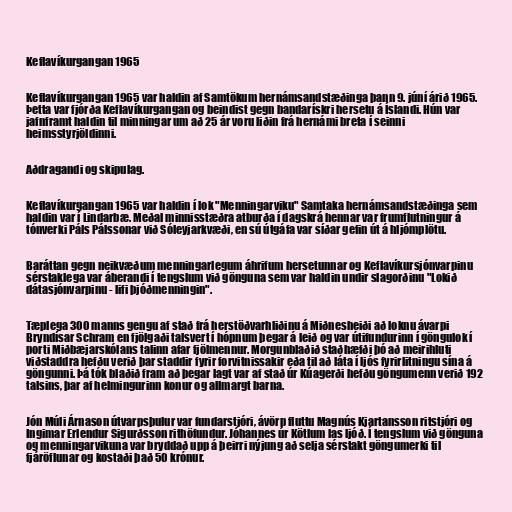
Keflavíkurgangan 1965

Keflavíkurgangan 1965 var haldin af Samtökum hernámsandstæðinga þann 9. júní árið 1965.
Þetta var fjórða Keflavíkurgangan og beindist gegn bandarískri hersetu á Íslandi. Hún var
jafnframt haldin til minningar um að 25 ár voru liðin frá hernámi breta í seinni
heimsstyrjöldinni.

Aðdragandi og skipulag.

Keflavíkurgangan 1965 var haldin í lok "Menningarviku" Samtaka hernámsandstæðinga sem
haldin var í Lindarbæ. Meðal minnisstæðra atburða í dagskrá hennar var frumflutningur á
tónverki Páls Pálssonar við Sóleyjarkvæði, en sú útgáfa var síðar gefin út á hljómplötu.

Baráttan gegn neikvæðum menningarlegum áhrifum hersetunnar og Keflavíkursjónvarpinu
sérstaklega var áberandi í tengslum við gönguna sem var haldin undir slagorðinu "Lokið
dátasjónvarpinu - lifi þjóðmenningin".

Tæplega 300 manns gengu af stað frá herstöðvarhliðinu á Miðnesheiði að loknu ávarpi
Bryndísar Schram en fjölgaði talsvert í hópnum þegar á leið og var útifundurinn í göngulok í
porti Miðbæjarskólans talinn afar fjölmennur. Morgunblaðið staðhæfði þó að meirihluti
viðstaddra hefðu verið þar staddir fyrir forvitnissakir eða til að láta í ljós fyrirlitningu sína á
göngunni. Þá tók blaðið fram að þegar lagt var af stað úr Kúagerði hefðu göngumenn verið 192
talsins, þar af helmingurinn konur og allmargt barna.

Jón Múli Árnason útvarpsþulur var fundarstjóri, ávörp fluttu Magnús Kjartansson ritstjóri og
Ingimar Erlendur Sigurðsson rithöfundur. Jóhannes úr Kötlum las ljóð. Í tengslum við gönguna
og menningarvikuna var bryddað upp á þeirri nýjung að selja sérstakt göngumerki til
fjáröflunar og kostaði það 50 krónur.